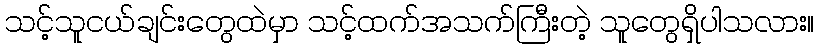
သင့်သူငယ်ချင်းတွေထဲမှာ သင့်ထက်အသက်ကြီးတဲ့ သူတွေရှိပါသလား။